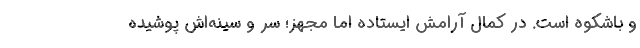
و باشکوه است. در کمال آرامش ایستاده اما مجهز؛ سر و سینه‌اش پوشیده